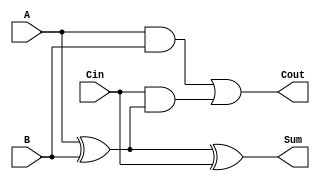
module tree_structured_full_adder (
    input wire A,      // First binary input
    input wire B,      // Second binary input
    input wire Cin,    // Carry-in
    output wire Sum,   // Sum output
    output wire Cout   // Carry-out output
);

// Intermediate wires
wire A_B_xor;
wire A_B_and;
wire A_B_xor_Cin_xor;

// Layer 1: Calculate A  B
assign A_B_xor = A ^ B;

// Layer 1: Calculate Sum = A  B  Cin
assign Sum = A_B_xor ^ Cin;

// Layer 2: Calculate Carry-Out
assign A_B_and = A & B;                // A  B
assign Cout = A_B_and | (Cin & A_B_xor); // Cout = (A  B) + (Cin  (A  B))

endmodule